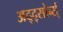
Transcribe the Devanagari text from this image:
अद्द्सोर्ब्स्